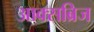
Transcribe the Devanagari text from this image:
आक्सब्रिज